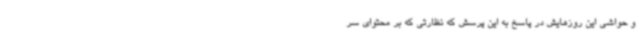
و حواشی این روزهایش در پاسخ به این پرسش که نظارتی که بر محتوای سر